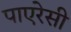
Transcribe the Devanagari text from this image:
पाएरेसी